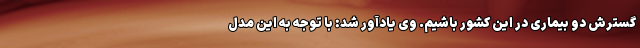
گسترش دو بیماری در این کشور باشیم. وی یادآور شد: با توجه به این مدل